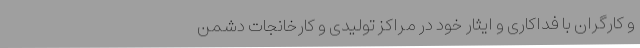
و کارگران با فداکاری و ایثار خود در مراکز تولیدی و کارخانجات دشمن